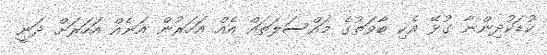
ކުޑަކުދިންނާ ގުޅޭ އެކި ބާވަތުގެ މައްސަލަތައް އެއް އަހަރުން އަނެއް އަހަރަށް ދަނީ